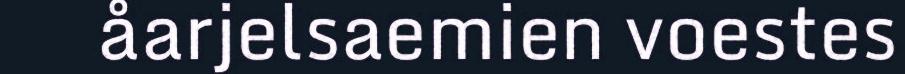
åarjelsaemien voestes